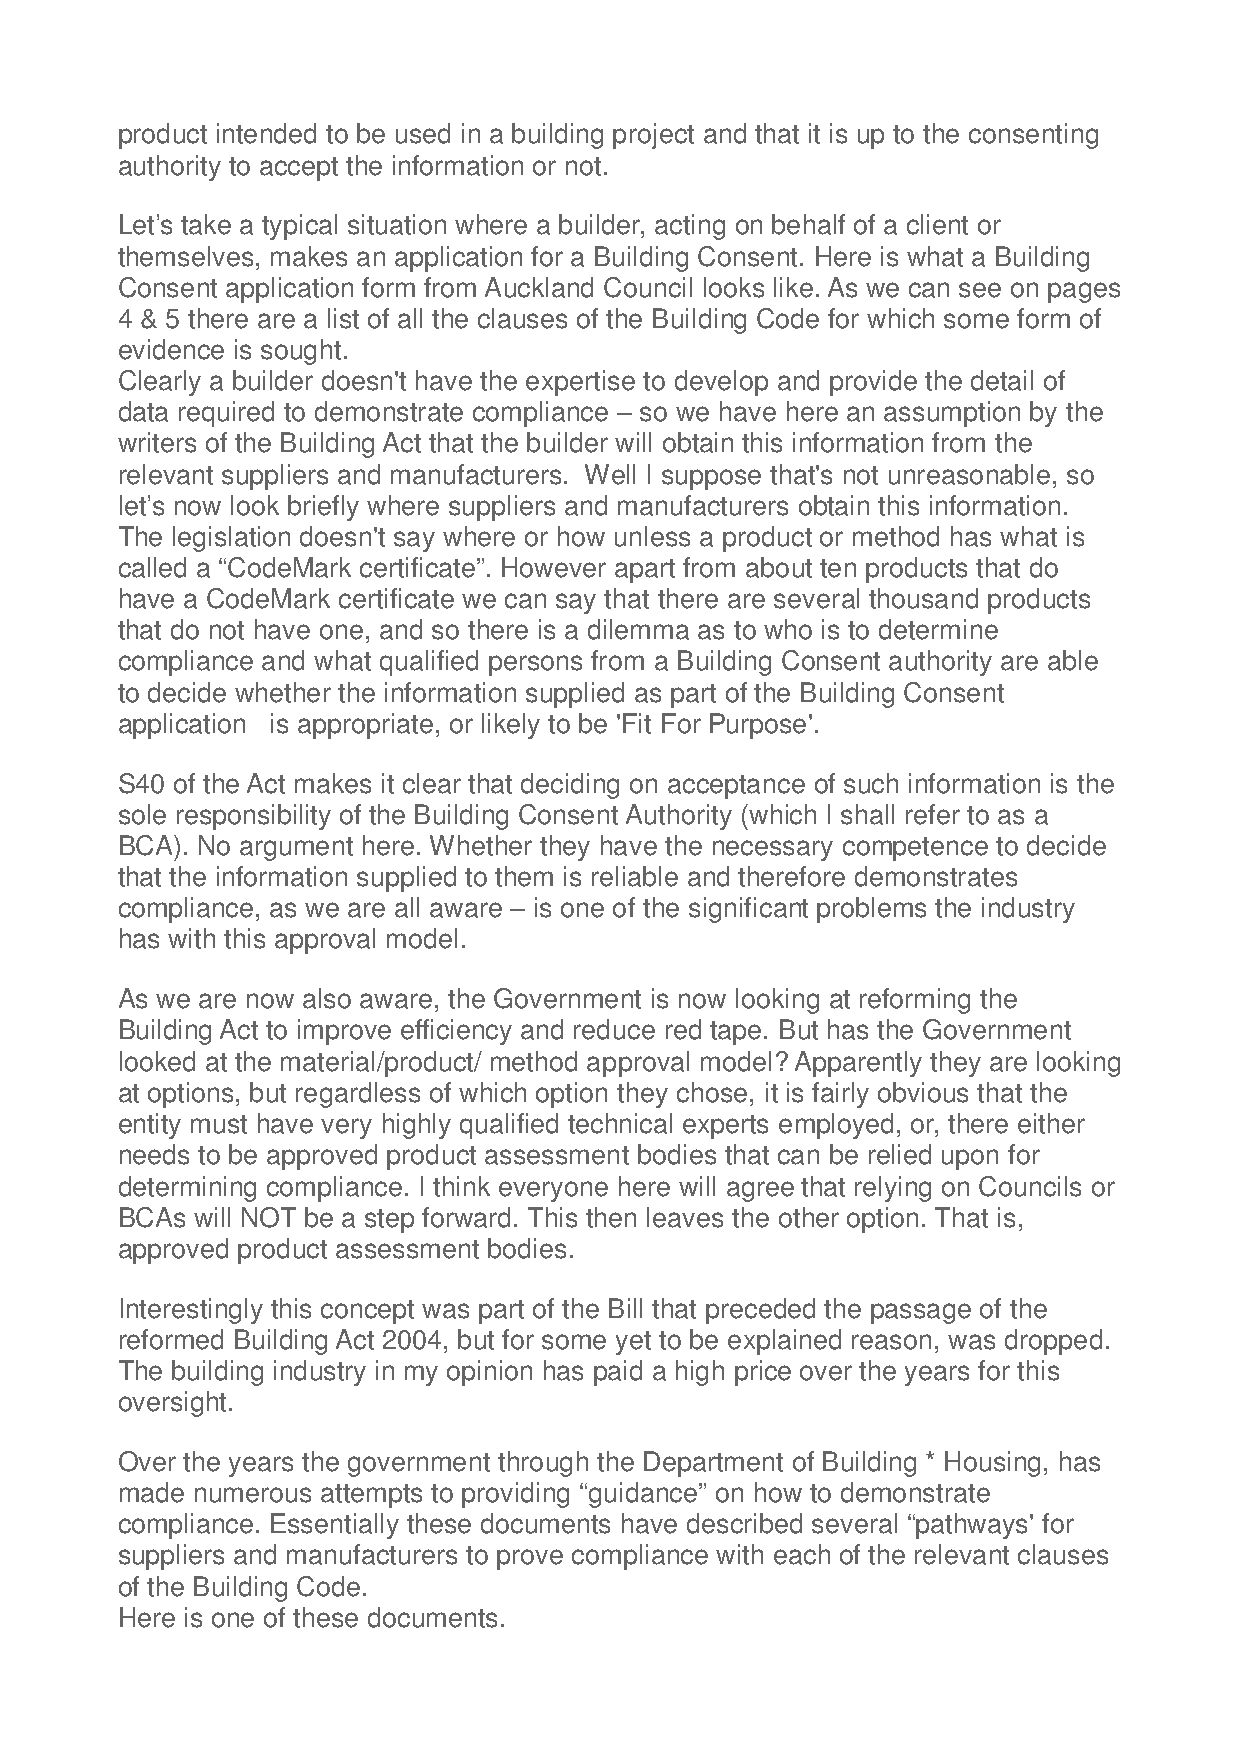
product intended to be used in a building project and that it is up to the consenting
 authority to accept the information or not.
 Let’s take a typical situation where a builder, acting on behalf of a client or
 themselves, makes an application for a Building Consent. Here is what a Building
 Consent application form from Auckland Council looks like. As we can see on pages
 4 & 5 there are a list of all the clauses of the Building Code for which some form of
 evidence is sought.
 Clearly a builder doesn't have the expertise to develop and provide the detail of
 data required to demonstrate compliance – so we have here an assumption by the
 writers of the Building Act that the builder will obtain this information from the
 relevant suppliers and manufacturers. Well I suppose that's not unreasonable, so
 let’s now look briefly where suppliers and manufacturers obtain this information.
 The legislation doesn't say where or how unless a product or method has what is
 called a “CodeMark certificate”. However apart from about ten products that do
 have a CodeMark certificate we can say that there are several thousand products
 that do not have one, and so there is a dilemma as to who is to determine
 compliance and what qualified persons from a Building Consent authority are able
 to decide whether the information supplied as part of the Building Consent
 application is appropriate, or likely to be 'Fit For Purpose'.
 S40 of the Act makes it clear that deciding on acceptance of such information is the
 sole responsibility of the Building Consent Authority (which I shall refer to as a
 BCA). No argument here. Whether they have the necessary competence to decide
 that the information supplied to them is reliable and therefore demonstrates
 compliance, as we are all aware – is one of the significant problems the industry
 has with this approval model.
 As we are now also aware, the Government is now looking at reforming the
 Building Act to improve efficiency and reduce red tape. But has the Government
 looked at the material/product/ method approval model? Apparently they are looking
 at options, but regardless of which option they chose, it is fairly obvious that the
 entity must have very highly qualified technical experts employed, or, there either
 needs to be approved product assessment bodies that can be relied upon for
 determining compliance. I think everyone here will agree that relying on Councils or
 BCAs will NOT be a step forward. This then leaves the other option. That is,
 approved product assessment bodies.
 Interestingly this concept was part of the Bill that preceded the passage of the
 reformed Building Act 2004, but for some yet to be explained reason, was dropped.
 The building industry in my opinion has paid a high price over the years for this
 oversight.
 Over the years the government through the Department of Building * Housing, has
 made numerous attempts to providing “guidance” on how to demonstrate
 compliance. Essentially these documents have described several “pathways' for
 suppliers and manufacturers to prove compliance with each of the relevant clauses
 of the Building Code.
 Here is one of these documents.